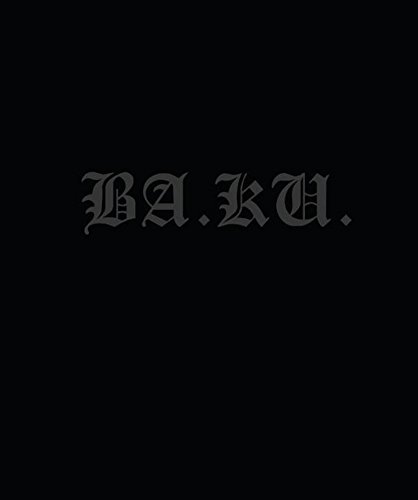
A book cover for BA. KU.: Kult Skating/Dark Rituals; Anthony Tafuro; Arts & Photography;